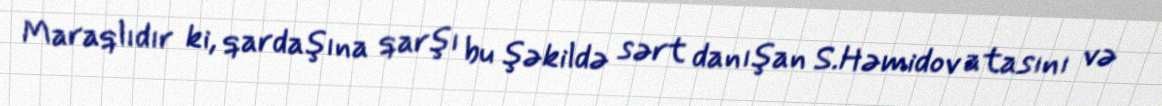
Maraqlıdır ki, qardaşına qarşı bu şəkildə sərt danışan S.Həmidov atasını və